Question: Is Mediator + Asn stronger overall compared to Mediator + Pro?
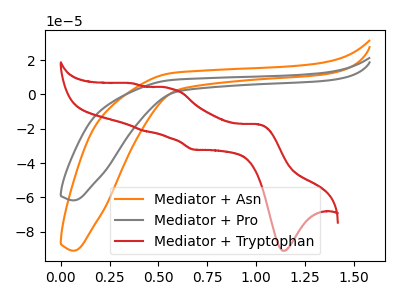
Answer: <think>The orange curve "Mediator + Asn" has no peaks. The gray curve "Mediator + Pro" has no peaks. The red curve "Mediator + Tryptophan" has anodic peaks at (1.00V, -17.35uA) (0.55V, 3.60uA) (0.45V, -21.25uA) (0.35V, 6.45uA) and cathodic peaks at (1.15V, -91.15uA) (0.70V, -32.20uA).
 Neither "Mediator + Asn" or "Mediator + Pro" have any peaks.</think>
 <answer>I cant tell if "Mediator + Asn" or "Mediator + Pro" has more signal.</answer>
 <eval>mixed_signal</eval>